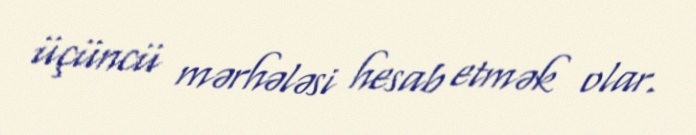
üçüncü mərhələsi hesab etmək olar.